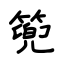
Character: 篼